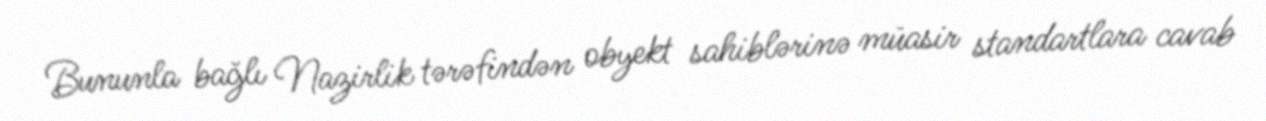
Bununla bağlı Nazirlik tərəfindən obyekt sahiblərinə müasir standartlara cavab